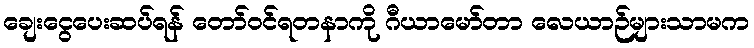
ချေးငွေပေးဆပ်ရန် တော်ဝင်ရတနာကို ဂီယာမော်တာ လေယာဉ်များသာမက